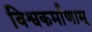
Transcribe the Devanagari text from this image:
विश्वकर्माणाम्